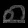
Digit: ၈